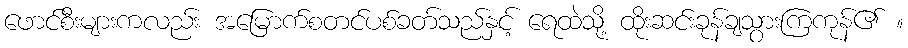
ဖောင်စီးများကလည်း အမြောက်စတင်ပစ်ခတ်သည်နှင့် ရေထဲသို့ ထိုးဆင်းခုန်ချသွားကြကုန်၏ ။